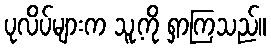
ပုလိပ်များက သူ့ကို ရှာကြသည်။